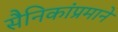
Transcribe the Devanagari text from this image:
सैनिकांप्रमाने